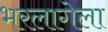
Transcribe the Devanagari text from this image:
भरलागेला